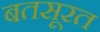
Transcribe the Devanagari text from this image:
बतसूरत